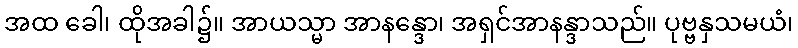
အထ ခေါ၊ ထိုအခါ၌။ အာယသ္မာ အာနန္ဒော၊ အရှင်အာနန္ဒာသည်။ ပုဗ္ဗနှသမယံ၊